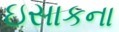
ઇસાકના